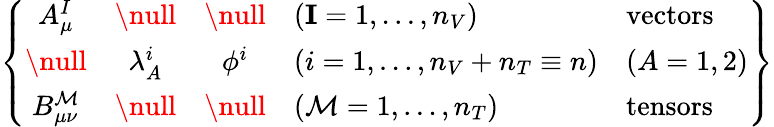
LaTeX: \left\{ \begin{array}{cccll}{{A_{\mu}^{I}}}&{{\null}}&{{\null}}&{{(\mathbf{I}=1,\dots,n_{V})}}&{{\mathrm{vectors}}}\\ {{\null}}&{{\lambda_{A}^{i}}}&{{\phi^{i}}}&{{(i=1,\dots,n_{V}+n_{T}\equiv n)}}&{{(A=1,2)}}\\ {{B_{\mu\nu}^{\mathcal{M}}}}&{{\null}}&{{\null}}&{{(\mathcal{M}=1,\dots,n_{T})}}&{{\mathrm{tensors}\ }}\end{array}\right\}